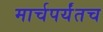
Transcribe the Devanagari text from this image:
मार्चपर्यंतच